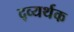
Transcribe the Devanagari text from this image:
द्व्यर्थक